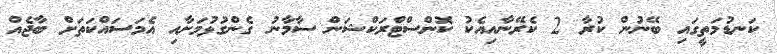
ކަނޑުމަތީގައި ބޭނުން ކުރާ 2 ކެރޭނާއިއެކު ކޮންސްޓްރަކްޝަން ސާމާނު ގެންގުޅުމަށާއި އެމަސައްކަތަށް ބާޖެއް